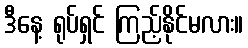
ဒီနေ့ ရုပ်ရှင် ကြည့်နိုင်မလား။